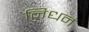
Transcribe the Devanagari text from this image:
निधनं